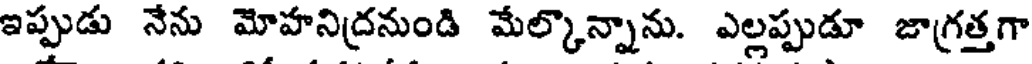
ఇప్పుడు నేను మోహనిద్రనుండి మేల్కొన్నాను. ఎల్లప్పుడూ జాగ్రత్తగా